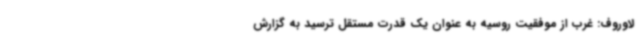
لاوروف: غرب از موفقیت روسیه به عنوان یک قدرت مستقل ترسید به گزارش